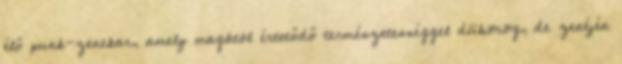
élő punk-zenekar, amely magától értetődő természetességgel dübörög, de zenéjén